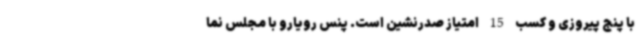
با پنج پیروزی و کسب 15 امتیاز صدرنشین است. پنس رویارو با مجلس نما